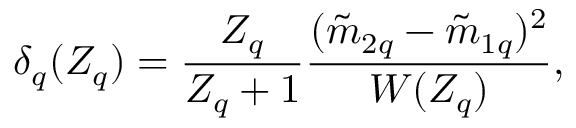
\delta _ { q } ( Z _ { q } ) = \frac { Z _ { q } } { Z _ { q } + 1 } \frac { ( \tilde { m } _ { 2 q } - \tilde { m } _ { 1 q } ) ^ { 2 } } { W ( Z _ { q } ) } ,